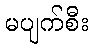
မပျက်စီး